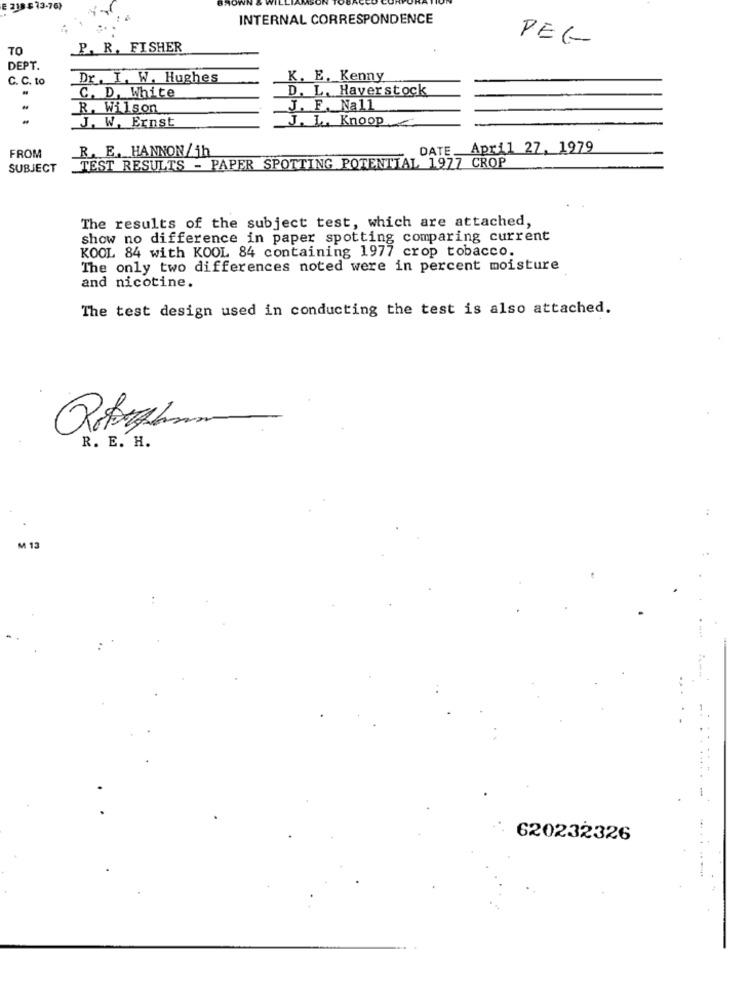
E 218 $ 73-76)
INTERNAL CORRESPONDENCE
PEG
P. R. FISHER
DEPT.
C. C. to
Dr. I. W. Hughes
K. E. Kenny
C. D. White
D. L. Haverstock
R. Wilson
J. F. Nall
J. W. Ernst
J. L .. Knoop
FROM
R. E. HANNON/jh
DATE April 27. 1979
TEST RESULTS - PAPER SPOTTING POTENTIAL 1977 CROP
SUBJECT
The results of the subject test, which are attached,
show no difference in paper spotting comparing current
KOOL 84 with KOOL 84 containing 1977 crop tobacco.
The only two differences noted were in percent moisture
and nicotine.
The test design used in conducting the test is also attached.
R. E. H.
M 13
620232326